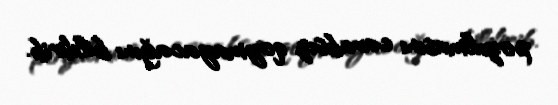
pozulmasını cavabsız qoymayacağını bildirib.